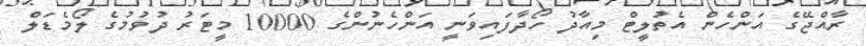
ރާއްޖޭގެ އަންހެން އެތުލީޓް މިއަދު ހޯދާފައިވަނީ އަންހެނުންގެ 10000 މީޓަރު ދުވުމުގެ ލޯމެޑަލް